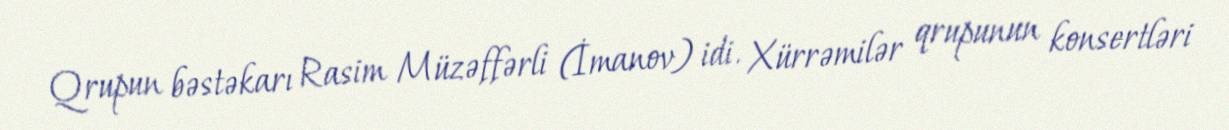
Qrupun bəstəkarı Rasim Müzəffərli (İmanov) idi. Xürrəmilər qrupunun konsertləri